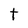
Character: t